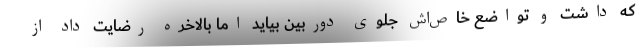
که داشت و تواضع خاص‌اش جلوی دوربین بیاید اما بالاخره رضایت داد از